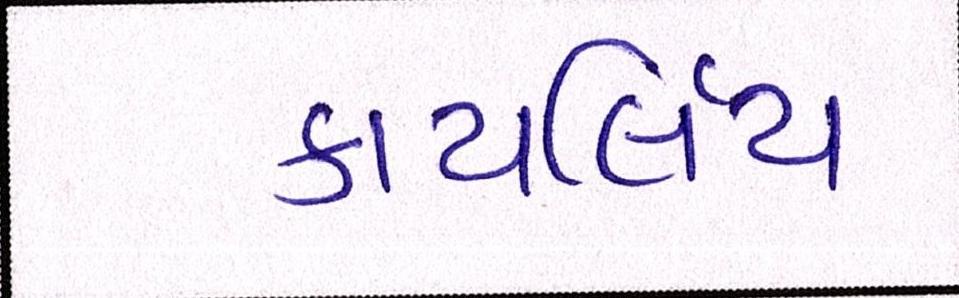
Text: કાયર્લિય